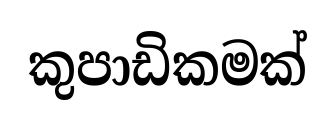
කුපාඩිකමක්